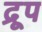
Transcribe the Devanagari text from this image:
द्रूप